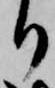
り